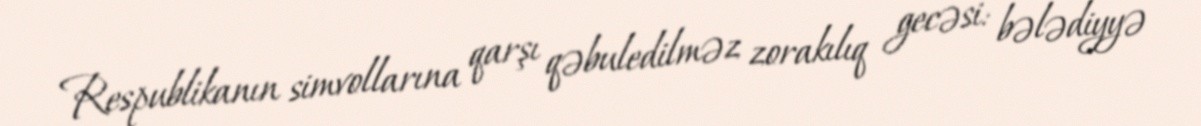
Respublikanın simvollarına qarşı qəbuledilməz zorakılıq gecəsi: bələdiyyə